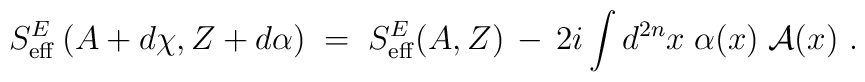
S_{\rm eff}^E \left( A + d \chi, Z + d \alpha\right) \;=\; S_{\rm  eff}^E (A,Z) \,-\, 2 i \int d^{2n} x\; \alpha (x) \; {\mathcal A}(x)~.